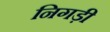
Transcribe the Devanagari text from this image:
निगड़ी